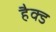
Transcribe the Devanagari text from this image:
हैक्ड